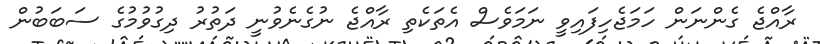
ރާއްޖެ ގެންނަން ހަމަޖެހިފައިވީ ނަމަވެސް އެތަކެތި ރާއްޖެ ނުގެނެވުނީ ދަތުރު ދިގުވުމުގެ ސަބަބުން